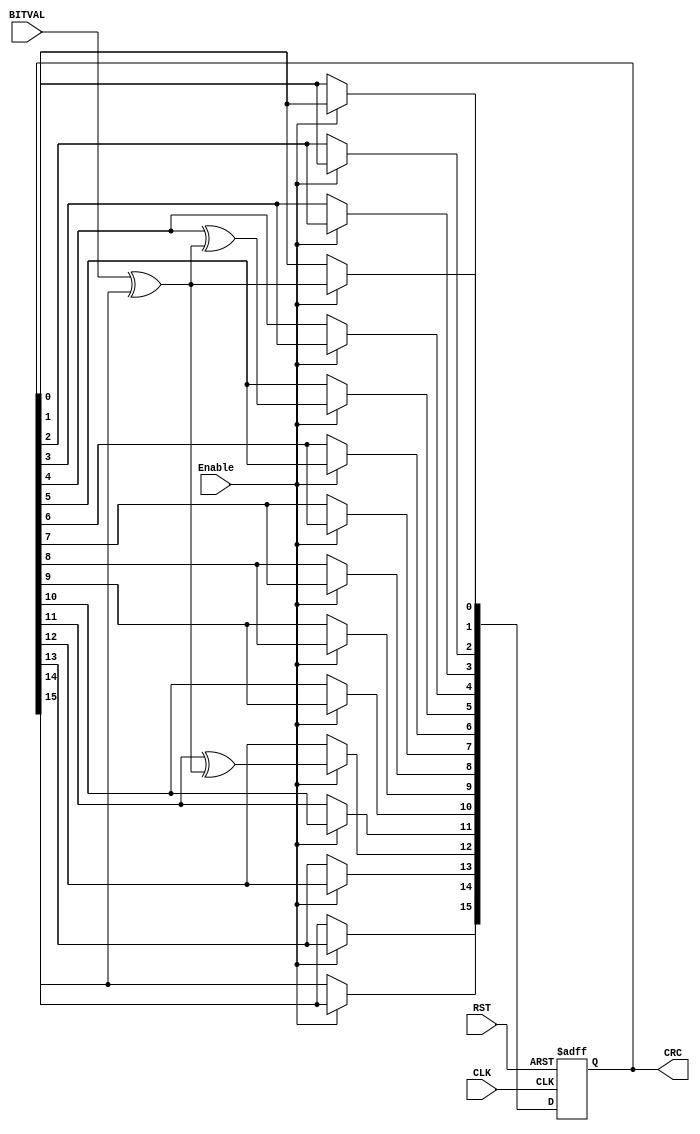
// ==========================================================================
// CRC Generation Unit - Linear Feedback Shift Register implementation
// (c) Kay Gorontzi, GHSi.de, distributed under the terms of LGPL
// https://www.ghsi.de/CRC/index.php?

// https://www.ghsi.de/CRC/index.php?
// =========================================================================
module sd_crc_16(BITVAL, Enable, CLK, RST, CRC);
 input        BITVAL;// Next input bit
   input Enable;
   input        CLK;                           // Current bit valid (Clock)
   input        RST;                             // Init CRC value
   output reg [15:0] CRC;                               // Current output CRC value

   
                     // We need output registers
   wire         inv;
   
   assign inv = BITVAL ^ CRC[15];                   // XOR required?
   
  always @(posedge CLK or posedge RST) begin
		if (RST) begin
			CRC = 0;   
		
        end
      else begin
        if (Enable==1) begin
         CRC[15] = CRC[14];
         CRC[14] = CRC[13];
         CRC[13] = CRC[12];
         CRC[12] = CRC[11] ^ inv;
         CRC[11] = CRC[10];
         CRC[10] = CRC[9];
         CRC[9] = CRC[8];
         CRC[8] = CRC[7];
         CRC[7] = CRC[6];
         CRC[6] = CRC[5];
         CRC[5] = CRC[4] ^ inv;
         CRC[4] = CRC[3];
         CRC[3] = CRC[2];
         CRC[2] = CRC[1];
         CRC[1] = CRC[0];
         CRC[0] = inv;
        end
         end
      end
   
endmodule